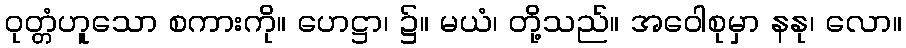
ဝုတ္တံဟူသော စကားကို။ ဟေဋ္ဌာ၊ ၌။ မယံ၊ တို့သည်။ အဝေါစုမှာ နနု၊ လော။